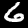
Label: 6